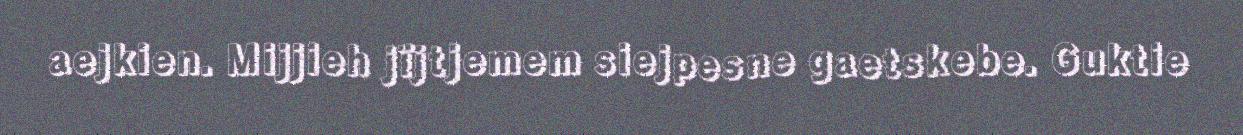
aejkien. Mijjieh jïjtjemem siejpesne gaetskebe. Guktie